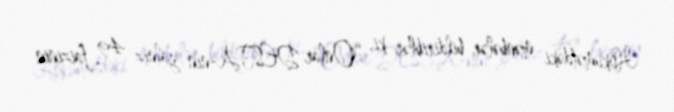
Hökumətdəki mənbələr bildiriblər ki, “Onlar DESFA-nın yalnız 49 faizinin